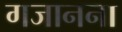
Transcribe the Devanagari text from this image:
गजानना